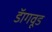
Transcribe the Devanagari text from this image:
डॅागवूड